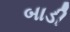
બાડી